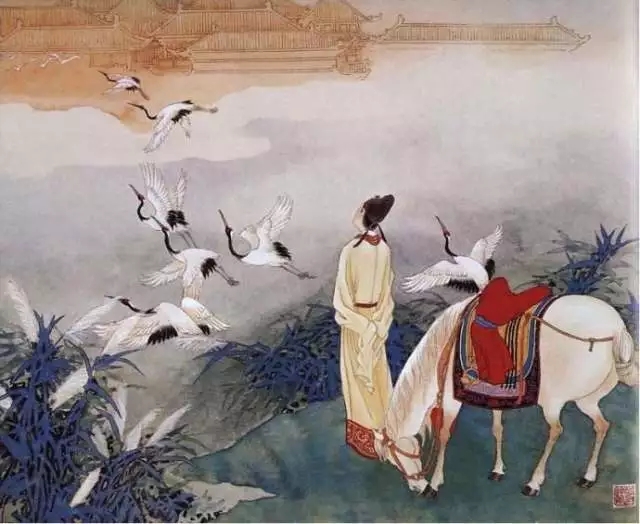
波澜誓不起，妾心古井水。